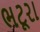
ભટૂરા